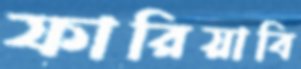
ফারিয়াবি